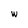
Character: w